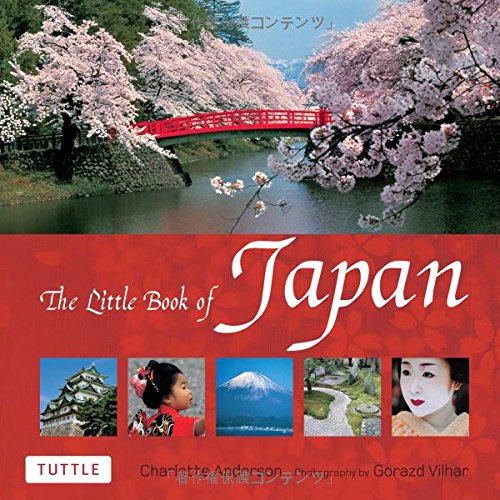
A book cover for The Little Book of Japan; Charlotte Anderson; Travel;